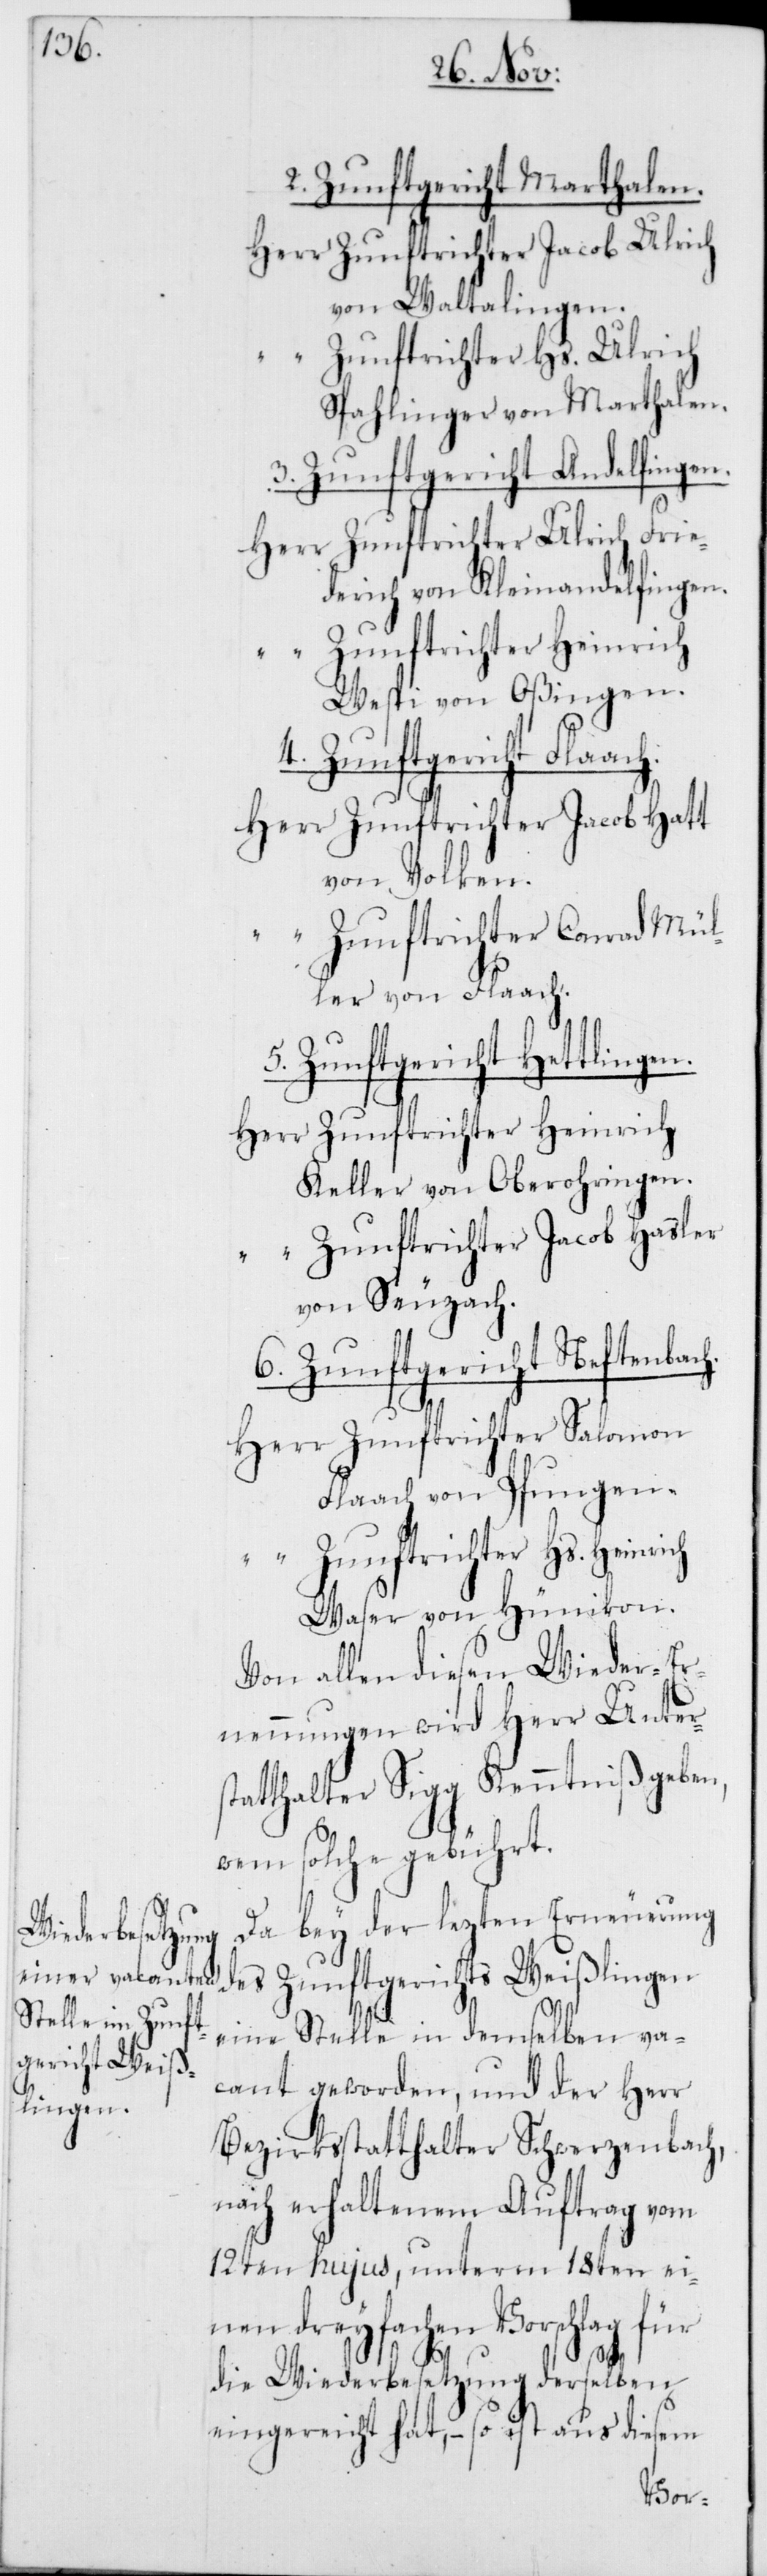
2. Zunftgericht Marthalen.
von Waltalingen
Zunftrichter Hs. Heinrich
Spahlinger, von Marthalen.
3. Zunftgericht Andelfingen.
derich von Kleinandelfingen.
Zunftrichter Heinrich
Wespi von Oßingen.
Ulrich Frie¬
Zunftrichter Jacob Hatt
von Volken.
Zunftrichter Conrad Mül¬
ler von Flaach.
5. Zunftgericht Hettlingen.
Keller von Oberohringen
Zunftrichter Jacob Hasler
von Seuzach.
6. Zunftgericht Neftenbach.
Zunftrichter Salomon
Flaach von Pfungen.
Waser von Hünikon.
Von allen diesen Wieder-Er¬
nennungen wird Herr Unter¬
statthalter Sigg Kenntniß geben,
wem solche gebührt.
Da bey der lezten Erneuerung
des Zunftgerichts Weißlingen
eine Stelle in demselben va¬
cant geworden, und der Herr
Bezirksstatthalter Schwerzenbach,
nach erhaltenem Auftrag vom
12ten hujus, unterm 18ten ei¬
nen dreyfachen Vorschlag für
die Wiederbesetzung derselben
eingereicht hat, – so ist aus diesem
Herr